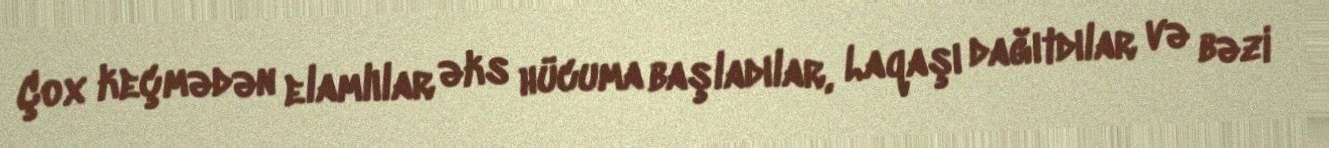
Çox keçmədən elamlılar əks hücuma başladılar, Laqaşı dağıtdılar və bəzi